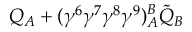
Q _ { A } + ( \gamma ^ { 6 } \gamma ^ { 7 } \gamma ^ { 8 } \gamma ^ { 9 } ) _ { A } ^ { B } \tilde { Q } _ { B } \nonumber